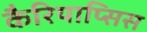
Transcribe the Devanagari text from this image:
कैरियाप्सिस